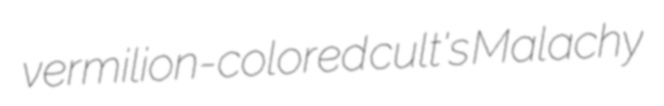
vermilion-colored cult's Malachy